Annual report on the working of the mental hospitals in the Madras Presidency - 1912-1932
Year: 1912
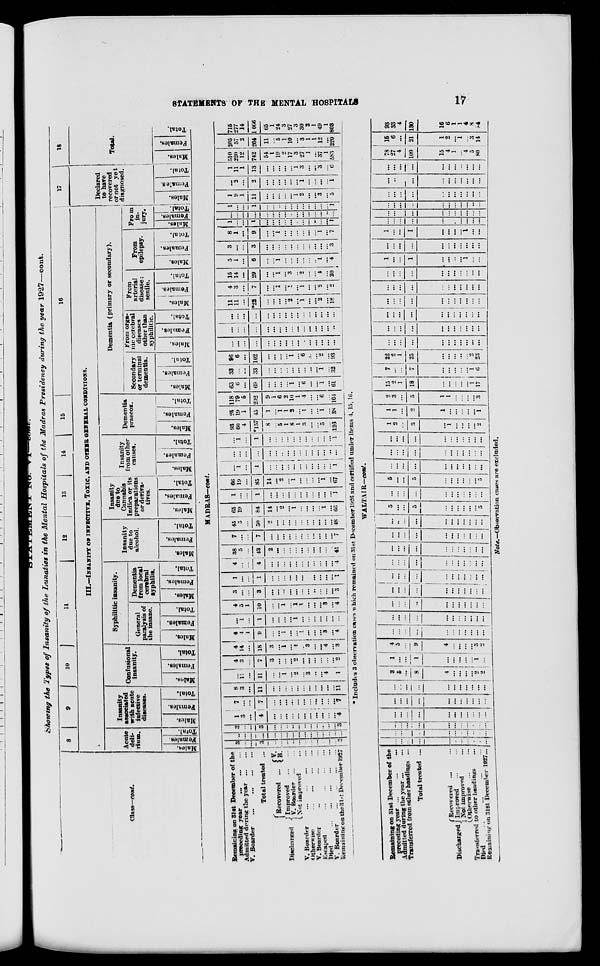
STATEMENTS OF THE MENTAL HOSPITALS
17
STATEMENT
No.
VI—cont.
Showing the Types of Insanity
of the Lunatics in the Mental Hospitals of the Madras Presidency during the year 1927—cont.
Class—cont.
8
9
10 11
12
13
14
15
16
III.—INSANITY OR INFECTIVE, TOXIC, AND OTHER GENERAL CONDITIONS.
Acute
deli-
rium.
Males.
Females.
Total.
Insanity
associated
with acute
infective
diseases.
Males.
Females.
Total.
Confusional
insanity.
Males.
Females.
Total.
Syphilitic insanity.
General
paralysis of
the insane.
Males.
Females.
Total.
Dementia
from local
cerebral
syphilis.
Males.
Females.
Total.
Insanity
due to
alcohol.
Males.
Females.
Total.
Insanity
due to
Cannabis
Indica or its
preparations
or deriva-
tives.
Males.
Females.
Total.
Insanity
from other
causes.
Males.
Females.
Total.
Dementia
praecox.
Males.
Females.
Total.
Dementia (primary or secondary).
Secondary
or terminal
dementia.
Males.
Females.
Total.
From orga-
nic cerebral
diseases
other than
syphilitic.
Males.
Females.
Total.
From
arterial
disease;
senile.
Males.
Females.
Total.
From
epilepsy.
Males.
Females.
Total.
From
in¬
jury.
Males.
Females.
Total.
17
Declared
to have
recovered
or not yet
diagnosed.
Males.
Females.
Total.
18
Total.
Males.
Females.
Total.
MADRAS—cont.
Remaining on 31st December of the
preceding year
...
...
Admitted during the year
...
...
V. Boarder
...
...
...
Total treated...
Discharged
Recovered ... V.
B.
Improved
... ...
V. Boarder ... ...
Not improved...
V. Boarder
...
...
...
...
Otherwise
...
...
...
...
V. Boarder
...
...
...
...
Escaped
...
...
...
...
Died
...
...
...
...
...
V. Boarder
...
...
...
...
Remaining on the 31st December
1927
3
...
...
3
..
...
...
..
...
...
...
...
...
...
..
3
...
...
...
...
...
...
...
...
...
...
...
...
...
...
..
...
3
...
...
3
...
...
...
..
...
..
...
...
...
...
...
3
1
3
...
4
...
...
...
...
...
...
...
...
...
...
...
4
7
...
...
7
...
...
...
...
...
...
...
...
...
...
...
7
8
3
...
11
...
...
...
...
...
...
...
...
...
...
...
11
...
11 ...
11
...
...
1
...
2
...
3
...
...
4
...
1
4
3
...
7
3
...
...
...
2
...
...
...
...
...
...
2
4
14
...
18
3
...
1
...
4
...
3
...
...
4
...
3
4
4
1
9
...
...
1
...
...
1
...
...
...
3
...
4
...
1
...
1
...
...
...
...
1
...
...
...
...
...
...
...
4
5
1
10
...
...
1
...
1
1
...
...
...
3
...
4
3
...
...
3
...
...
...
...
...
...
...
...
...
...
...
3
1
...
...
1
...
...
...
...
...
...
...
...
...
...
...
1
4
...
...
4
...
...
...
...
...
...
...
...
...
...
...
4
38
5
...
43
2
...
...
...
...
...
...
...
...
...
...
41
7
...
...
7
...
...
...
...
...
...
...
...
...
...
...
7
45
5
...
50
2
...
...
...
...
...
...
...
...
...
...
48
65
19
...
84
14
...
2
...
1
...
...
...
...
1
...
66
1
...
...
1
...
...
...
...
...
...
...
...
...
...
...
1
66
19
...
85
14
...
2
...
1
...
...
...
...
1
...
67
...
1
...
1
...
...
...
...
...
...
...
...
...
...
...
1
...
...
...
...
...
...
...
...
...
...
...
...
...
...
...
...
...
1
...
1
...
...
...
...
...
...
...
...
...
...
...
1
93
60
4
157
8
...
5
1
8
1
3
...
...
5
...
126
25
19
1
45
1
...
1
1
2
...
1
...
...
1
...
38
118
79
5
202
9
1
6
2
10
1
4
...
...
6
...
104
63
6
...
69
...
...
...
...
1
...
6
...
...
1
...
61
33
...
...
33
...
...
...
...
...
...
...
...
...
1
...
32
96
6
...
102
...
...
...
...
1
...
6
...
...
2
...
93
...
...
...
...
...
...
...
...
...
...
...
...
...
...
...
...
...
...
...
...
...
...
...
...
...
...
...
...
...
...
...
...
...
...
...
...
...
...
...
...
...
...
...
...
...
...
...
...
11
11
...
*22
...
...
...
...
2
...
1
...
...
2
...
18
4
3
...
7
...
...
1
... 1
...
1
...
...
2
...
2
15
14
...
29
...
...
1
...
3
..
2
...
...
4
...
20
5
1
...
6
...
...
1
...
...
...
...
...
..
1
...
4
3
...
...
3
...
...
...
...
...
...
...
...
...
...
...
3
8
1
...
9
...
...
1
...
...
...
...
...
...
1
...
7
1
...
...
1
...
...
...
...
...
...
...
...
...
...
...
1
...
...
...
...
...
...
...
...
...
...
...
...
...
...
...
...
1
...
...
1
...
...
..
...
...
...
...
...
...
...
...
1
1
9
1
11
...
...
...
...
...
1
2
...
...
3
...
5
...
2
...
2
...
...
...
...
...
...
1
...
...
...
...
1
1
11
1
13
...
...
...
...
...
1
3
...
...
3
...
6
510
220
12
742
54
1
19
2
17
3
27
1
...
37
1
583
205
57
2
264
11
...
5
1
10
...
3
1
1
12
...
220
715
277
14
1006
65
1
24
3
27
3
30
2
1
49
1
803
* Includes 3 observation cases which remained on 31st December 1926 and certified under items 4,15, 16.
WALTAIR—cont.
Remaining on 31st December of the
preceding year ... ... ...
Admitted during the year ... ...
Transferred from other headings ...
Total treated ...
Discharged
Recovered ... ...
Improved ... ...
Not improved ...
Otherwise ... ...
Transferred to other headings
Died
... ... ... ...
Remaining on 31st December 1927...
...
...
...
...
...
...
...
...
...
...
...
...
...
...
...
...
...
...
...
...
...
...
...
...
...
...
...
...
...
...
...
...
...
...
...
...
...
...
...
...
...
...
...
...
...
...
...
...
...
...
...
...
...
...
...
...
..
...
...
...
...
...
...
...
...
...
3
5
...
8
4
...
...
...
...
2
2
1
...
...
1
...
...
...
...
... 1
...
4
5
...
9
4
...
...
...
...
3
2
...
...
...
...
...
...
...
...
...
...
...
...
...
...
...
...
...
...
...
...
...
...
...
...
...
...
...
...
...
...
...
...
...
...
...
...
...
...
...
...
...
...
...
...
...
...
...
...
...
...
...
... ...
...
...
...
...
...
...
...
...
...
...
...
...
...
...
...
...
...
...
...
...
...
...
...
...
...
...
...
...
...
...
...
...
...
...
...
...
..
...
...
...
...
...
...
...
...
...
5
...
...
5
...
...
...
...
...
...
5
...
...
...
...
...
...
...
...
...
...
...
5
...
...
5
...
...
...
...
...
...
5
...
...
...
...
...
...
...
...
...
...
...
...
...
...
...
...
...
...
...
...
...
...
...
...
...
...
...
...
...
...
...
...
...
1
2
...
3
...
1
...
...
...
...
2
1
1
...
2
1
...
...
...
...
...
1
2
3
...
5
1
1
...
...
...
...
3
15
2
1
18
...
...
...
...
...
...
17
7
...
...
7
...
...
...
...
...
...
6
22
2
1
25
...
...
...
...
...
...
23
...
...
...
...
...
...
...
...
...
...
...
...
...
...
...
...
...
...
...
...
...
...
...
...
...
...
...
...
...
...
...
...
...
...
...
...
...
...
...
...
...
...
...
...
...
...
...
...
...
...
...
...
...
...
...
...
...
...
...
...
...
...
...
...
...
...
1
...
...
1
...
...
...
...
1
...
...
...
...
...
...
...
...
...
...
...
...
...
1
...
...
1
...
...
...
...
1
...
...
...
...
...
...
...
...
...
...
...
...
...
...
...
...
...
...
...
...
...
...
...
...
...
...
...
...
...
...
...
...
...
...
...
...
...
...
...
...
...
...
...
...
...
...
...
...
...
...
...
...
...
...
...
...
...
...
...
...
...
...
...
...
... ...
...
...
78
27
4
109
15
4
1
...
4
5
80
15
6
...
21
1
2
...
1
...
3
14
93
33
4
130
16
6
1
1
4
8
94
Note.—Observation cases are excluded.